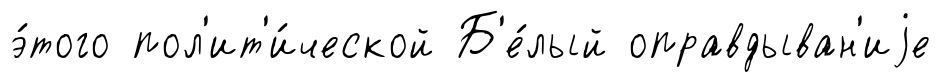
э́того пол'ит'и́ческой Б'е́лый оправдыван'иjе